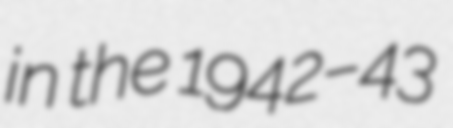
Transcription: in the 1942–43